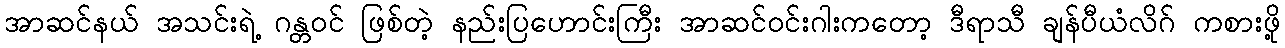
အာဆင်နယ် အသင်းရဲ့ ဂန္တဝင် ဖြစ်တဲ့ နည်းပြဟောင်းကြီး အာဆင်ဝင်းဂါးကတော့ ဒီရာသီ ချန်ပီယံလိဂ် ကစားဖို့